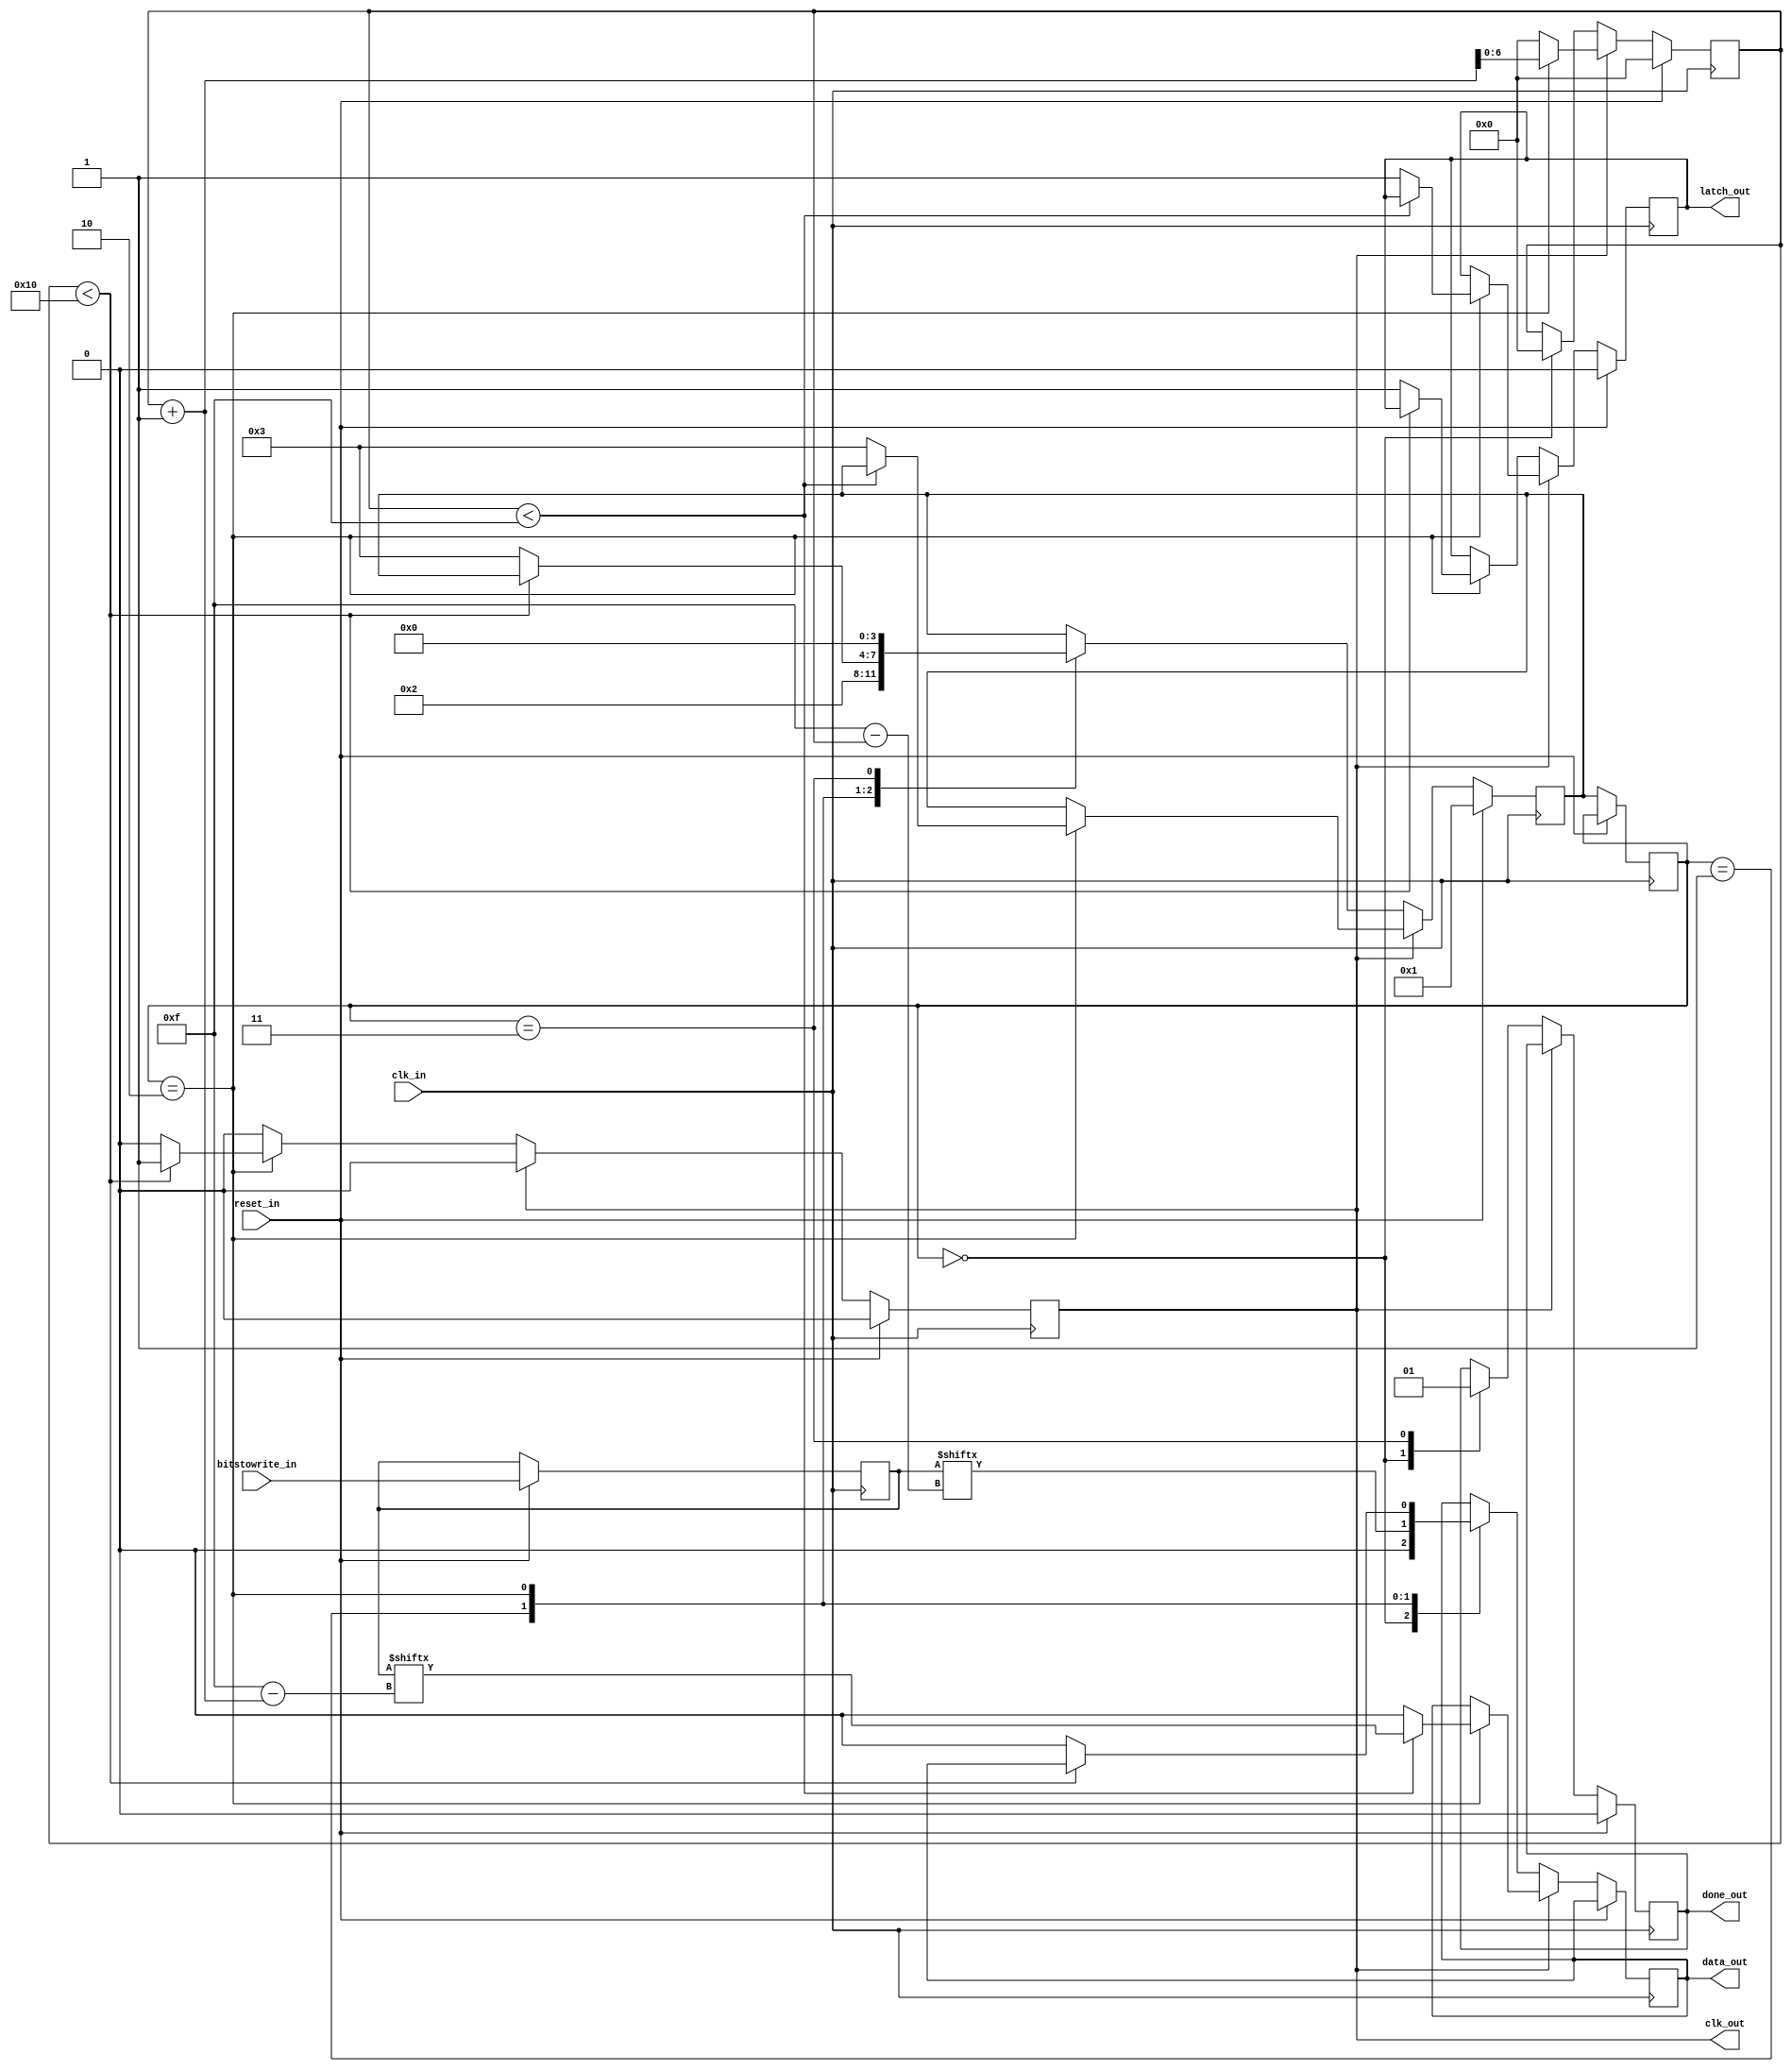
module shiftout (
    input reset_in,
    input clk_in,
    input [15:0] bitstowrite_in,
    output wire clk_out,
    output wire data_out,
    output wire latch_out,
    output wire done_out
);
    localparam WAITING_FOR_RESET=0, RESETTING=1, WRITING=2, STOPPED=3;

    reg [3:0] r_state = WAITING_FOR_RESET;
    reg [3:0] r_nextstate = WAITING_FOR_RESET;
    reg [6:0] r_counter = 0;
    reg [0:15] r_queue = 0;
    reg r_latch_out = 1;
    reg r_done_out;
    reg r_clk_out;
    reg r_data_out;

    assign data_out = r_data_out;
    assign latch_out = r_latch_out;
    assign clk_out = r_clk_out;
    assign done_out = r_done_out;

    initial begin
        r_data_out <= 0;
        r_done_out <= 0;
        r_clk_out <= 0;
    end

    always @(posedge clk_in) begin
        if (reset_in == 1) begin
            r_queue <= bitstowrite_in;
            r_nextstate <= RESETTING;
            r_latch_out <= 0;
            r_done_out <= 0;
            r_clk_out <= 0;
            r_counter <= 0;
        end else begin
            if (r_clk_out == 0) begin
                case (r_state)
                    WAITING_FOR_RESET: begin
                        r_data_out <= 0;
                        r_done_out <= 0;
                        r_counter <= 0;
                    end

                    RESETTING: begin
                        r_nextstate <= WRITING;
                        r_data_out <= r_queue[r_counter];
                    end

                    WRITING: begin
                        if (r_counter < 16) begin
                            r_clk_out <= 1;
                        end else begin
                            r_data_out <= 0;
                            r_latch_out <= 1;
                            r_nextstate <= STOPPED;
                        end
                    end

                    STOPPED: begin
                        r_done_out <= 1;
                        r_nextstate <= WAITING_FOR_RESET;
                    end
                endcase
            end else begin
                r_clk_out <= 0;
                if (r_state == WRITING) begin
                    r_counter <= r_counter + 1;
                    if (r_counter < 15) begin
                        r_data_out <= r_queue[r_counter + 1];
                    end else begin
                        r_latch_out <= 1;
                        r_data_out <= 0;
                        r_nextstate <= STOPPED;
                    end
                end else begin
                    r_counter <= 0;
                end
            end
            r_state <= r_nextstate;
        end
    end

endmodule